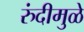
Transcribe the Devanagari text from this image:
रुंदीमुळे